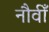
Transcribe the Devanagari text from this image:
नौवीँ